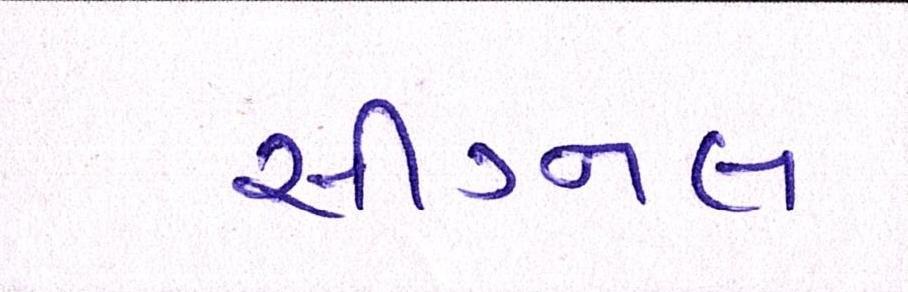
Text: સીગ્નલ